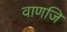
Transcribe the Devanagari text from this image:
वाणजि